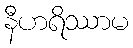
နီဟရိဿာမ